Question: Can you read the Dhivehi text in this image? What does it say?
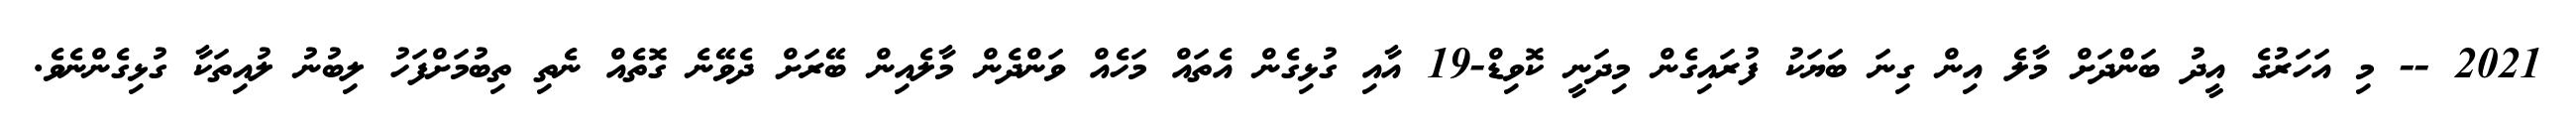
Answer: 2021 -- މި އަހަރުގެ އީދު ބަންދަށް މާލެ އިން ގިނަ ބަޔަކު ފުރައިގެން މިދަނީ ކޮވިޑް-19 އާއި ގުޅިގެން އެތައް މަހެއް ވަންދެން މާލެއިން ބޭރަށް ދެވޭނެ ގޮތެއް ނެތި ތިބުމަށްފަހު ލިބުނު ލުއިތަކާ ގުޅިގެންނެވެ.